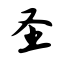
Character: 圣